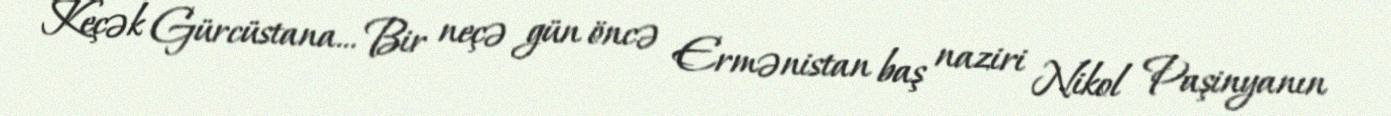
Keçək Gürcüstana... Bir neçə gün öncə Ermənistan baş naziri Nikol Paşinyanın